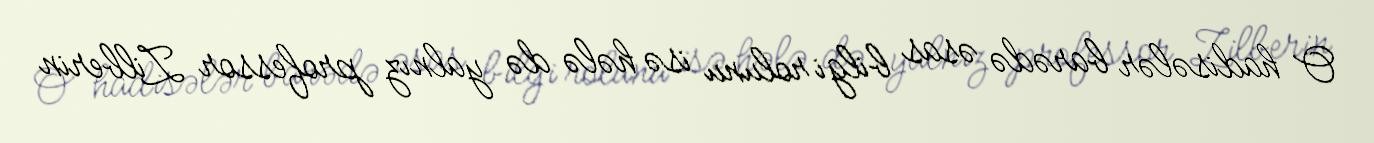
O hadisələr barədə əsas bilgi rolunu isə hələ də yalnız professor Zilberin